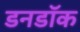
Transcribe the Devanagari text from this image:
डनडॉक